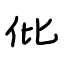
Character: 仳